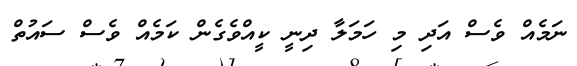
ނަމެއް ވެސް އަދި މި ހަމަލާ ދިނީ ކީއްވެގެން ކަމެއް ވެސް ސައުތް